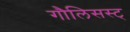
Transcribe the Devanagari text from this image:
गौलिसस्ट्